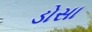
ડોસા